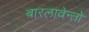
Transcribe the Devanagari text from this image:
बारलावेन्तो